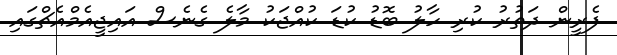
ފެރީން ދަތުރު ކުރި ހާލު ބޮޑު ކުޑަ ކުއްޖަކު މާލެ ގެނެސް އައިޖީއެމްއެޗްގައި